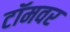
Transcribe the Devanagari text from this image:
टॉमवर